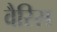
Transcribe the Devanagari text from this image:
वैरिस